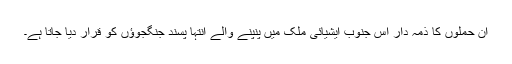
ان حملوں کا ذمہ دار اس جنوب ایشیائی ملک میں پنپنے والے انتہا پسند جنگجوؤں کو قرار دیا جاتا ہے۔